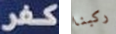
كفر ركبنا